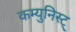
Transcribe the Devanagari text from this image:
कम्युनिस्ट्